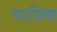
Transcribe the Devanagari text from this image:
चात्रिक